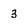
Character: 3